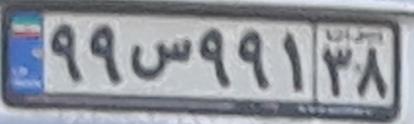
۹۹س۹۹۱۳۸